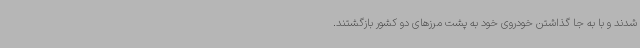
شدند و با به جا گذاشتن خودروی خود به پشت مرزهای دو کشور بازگشتند.